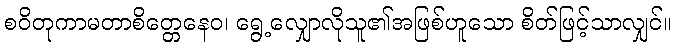
စဝိတုကာမတာစိတ္တေနေဝ၊ ရွေ့လျှောလိုသူ၏အဖြစ်ဟူသော စိတ်ဖြင့်သာလျှင်။